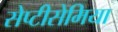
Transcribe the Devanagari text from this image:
सेप्टीसेमिया